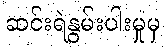
ဆင်းရဲနွမ်းပါးမှုမှ